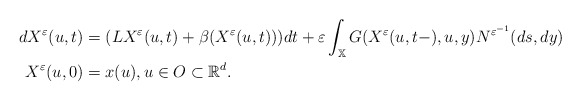
\begin{align*}dX^{\varepsilon }(u,t)& =(LX^{\varepsilon }(u,t)+\beta (X^{\varepsilon}(u,t)))dt+\varepsilon \int_{\mathbb{X}}G(X^{\varepsilon}(u,t-),u,y)N^{\varepsilon ^{-1}}(ds,dy) \\X^{\varepsilon }(u,0)& =x(u),u\in O\subset \mathbb{R}^{d}. \end{align*}